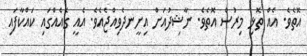
އޮތެވެ. އެއް ތޮޅި މިރުސް އޮތެވެ. ނާޝިދުއަށް އިށީނދެވިއްޖެއެވެ. އެއީ ގެއެއްގައި ކައްކާފައި